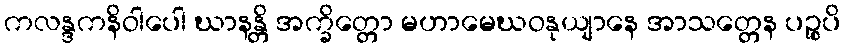
ကလန္ဒကနိဝါပေါ ဃာနန္တိ အက္ခိတ္တော မဟာမေဃဝနုယျာနေ အာသတ္တေန ပဉ္စပိ